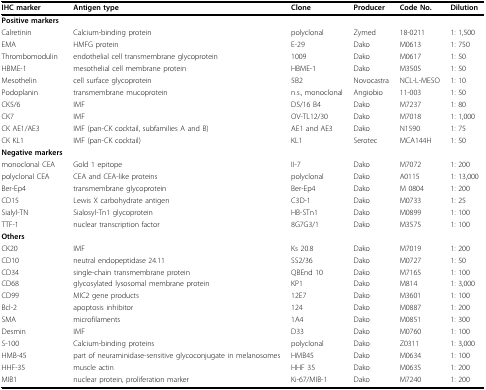
<table><thead><tr><td><b>IHC marker</b></td><td><b>Antigen type</b></td><td><b>Clone</b></td><td><b>Producer</b></td><td><b>Code No.</b></td><td><b>Dilution</b></td></tr></thead><tbody><tr><td><b>Positive markers</b></td><td></td><td></td><td></td><td></td><td></td></tr><tr><td>Calretinin</td><td>Calcium-binding protein</td><td>polyclonal</td><td>Zymed</td><td>18-0211</td><td>1: 1,500</td></tr><tr><td>EMA</td><td>HMFG protein</td><td>E-29</td><td>Dako</td><td>M0613</td><td>1: 750</td></tr><tr><td>Thrombomodulin</td><td>endothelial cell transmembrane glycoprotein</td><td>1009</td><td>Dako</td><td>M0617</td><td>1: 50</td></tr><tr><td>HBME-1</td><td>mesothelial cell membrane protein</td><td>HBME-1</td><td>Dako</td><td>M3505</td><td>1: 50</td></tr><tr><td>Mesothelin</td><td>cell surface glycoprotein</td><td>5B2</td><td>Novocastra</td><td>NCL-L-MESO</td><td>1: 10</td></tr><tr><td>Podoplanin</td><td>transmembrane mucoprotein</td><td>n.s., monoclonal</td><td>Angiobio</td><td>11-003</td><td>1: 50</td></tr><tr><td>CK5/6</td><td>IMF</td><td>D5/16 B4</td><td>Dako</td><td>M7237</td><td>1: 80</td></tr><tr><td>CK7</td><td>IMF</td><td>OV-TL12/30</td><td>Dako</td><td>M7018</td><td>1: 1,000</td></tr><tr><td>CK AE1/AE3</td><td>IMF (pan-CK cocktail, subfamilies A and B)</td><td>AE1 and AE3</td><td>Dako</td><td>N1590</td><td>1: 75</td></tr><tr><td>CK KL1</td><td>IMF (pan-CK cocktail)</td><td>KL1</td><td>Serotec</td><td>MCA144H</td><td>1: 50</td></tr><tr><td><b>Negative markers</b></td><td></td><td></td><td></td><td></td><td></td></tr><tr><td>monoclonal CEA</td><td>Gold 1 epitope</td><td>II-7</td><td>Dako</td><td>M7072</td><td>1: 200</td></tr><tr><td>polyclonal CEA</td><td>CEA and CEA-like proteins</td><td>polyclonal</td><td>Dako</td><td>A0115</td><td>1: 13,000</td></tr><tr><td>Ber-Ep4</td><td>transmembrane glycoprotein</td><td>Ber-Ep4</td><td>Dako</td><td>M 0804</td><td>1: 200</td></tr><tr><td>CD15</td><td>Lewis X carbohydrate antigen</td><td>C3D-1</td><td>Dako</td><td>M0733</td><td>1: 25</td></tr><tr><td>Sialyl-TN</td><td>Sialosyl-Tn1 glycoprotein</td><td>HB-STn1</td><td>Dako</td><td>M0899</td><td>1: 100</td></tr><tr><td>TTF-1</td><td>nuclear transcription factor</td><td>8G7G3/1</td><td>Dako</td><td>M3575</td><td>1: 100</td></tr><tr><td><b>Others</b></td><td></td><td></td><td></td><td></td><td></td></tr><tr><td>CK20</td><td>IMF</td><td>Ks 20.8</td><td>Dako</td><td>M7019</td><td>1: 200</td></tr><tr><td>CD10</td><td>neutral endopeptidase 24.11</td><td>SS2/36</td><td>Dako</td><td>M0727</td><td>1: 50</td></tr><tr><td>CD34</td><td>single-chain transmembrane protein</td><td>QBEnd 10</td><td>Dako</td><td>M7165</td><td>1: 100</td></tr><tr><td>CD68</td><td>glycosylated lysosomal membrane protein</td><td>KP1</td><td>Dako</td><td>M814</td><td>1: 3,000</td></tr><tr><td>CD99</td><td>MIC2 gene products</td><td>12E7</td><td>Dako</td><td>M3601</td><td>1: 100</td></tr><tr><td>Bcl-2</td><td>apoptosis inhibitor</td><td>124</td><td>Dako</td><td>M0887</td><td>1: 200</td></tr><tr><td>SMA</td><td>microfilaments</td><td>1A4</td><td>Dako</td><td>M0851</td><td>1: 300</td></tr><tr><td>Desmin</td><td>IMF</td><td>D33</td><td>Dako</td><td>M0760</td><td>1: 100</td></tr><tr><td>S-100</td><td>Calcium-binding proteins</td><td>polyclonal</td><td>Dako</td><td>Z0311</td><td>1: 3,000</td></tr><tr><td>HMB-45</td><td>part of neuraminidase-sensitive glycoconjugate in melanosomes</td><td>HMB45</td><td>Dako</td><td>M0634</td><td>1: 100</td></tr><tr><td>HHF-35</td><td>muscle actin</td><td>HHF 35</td><td>Dako</td><td>M0635</td><td>1: 200</td></tr><tr><td>MIB1</td><td>nuclear protein, proliferation marker</td><td>Ki-67/MIB-1</td><td>Dako</td><td>M7240</td><td>1: 200</td></tr></tbody></table>